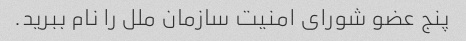
پنج عضو شورای امنیت سازمان ملل را نام ببرید.